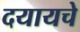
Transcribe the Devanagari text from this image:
दयायचे